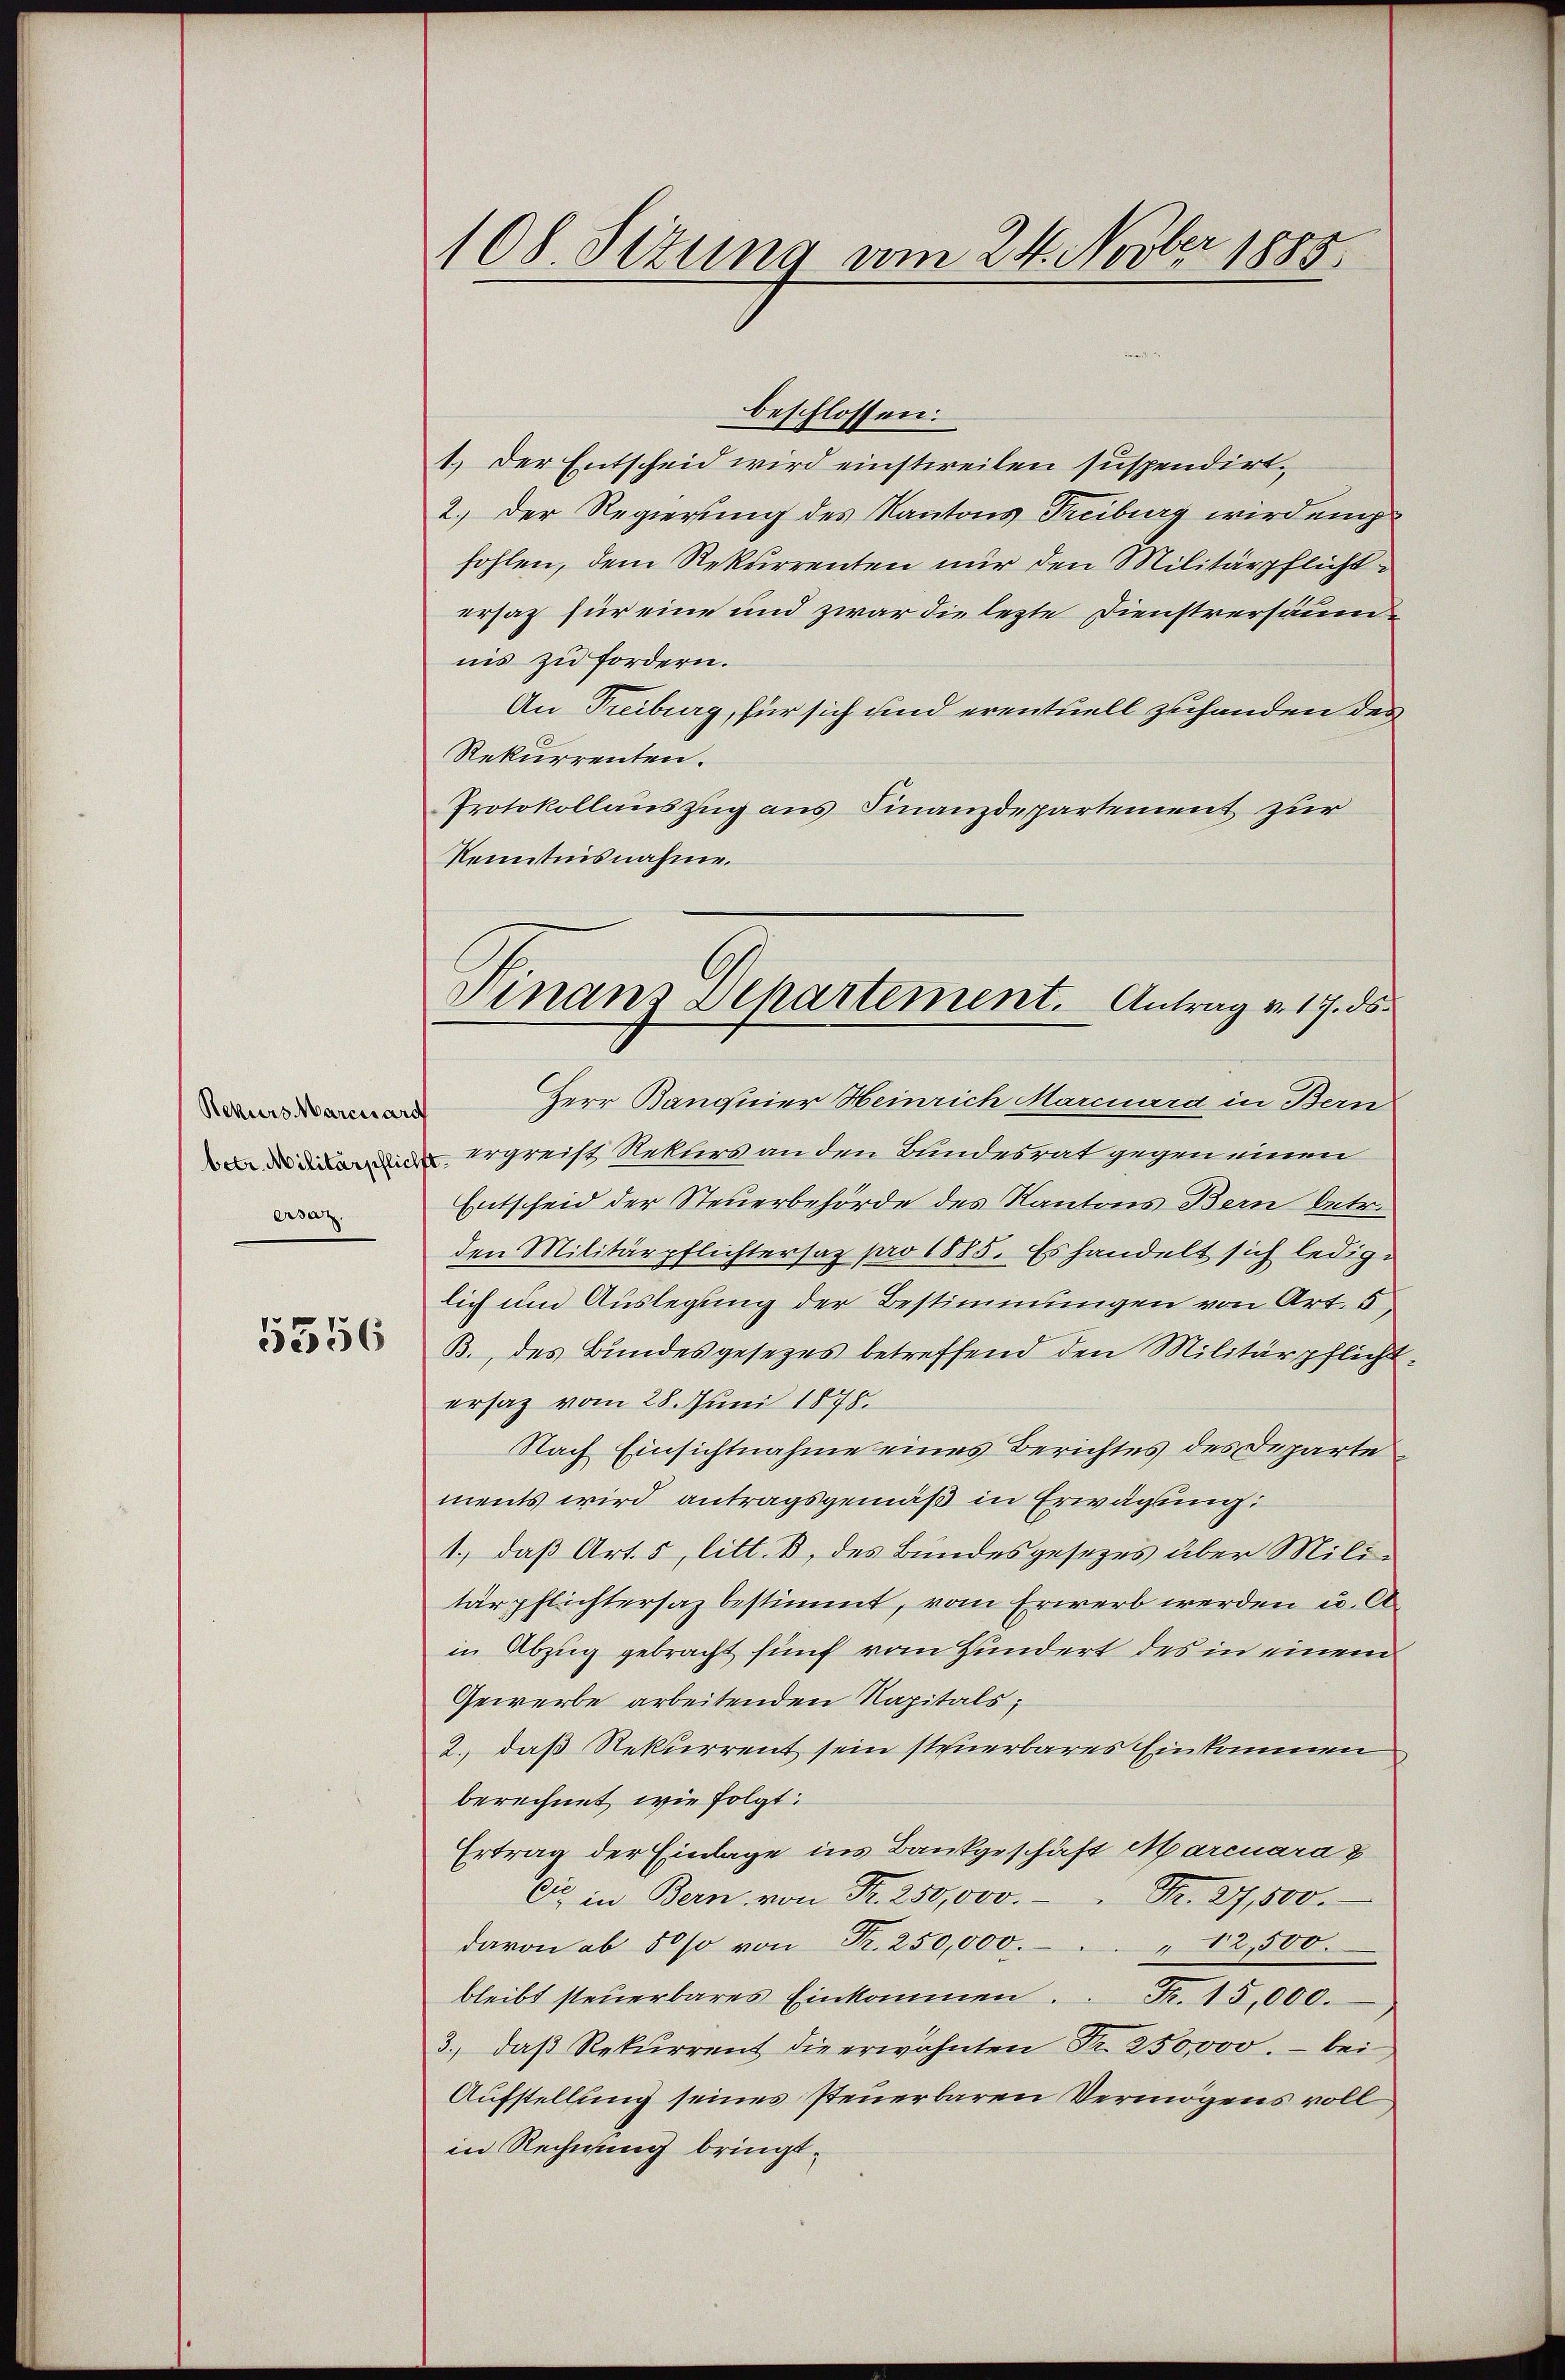
Rekurs Marcuard
betr. Militärschlich
ersaz.

5356

108. Sizung am 24. Novber 1885.

Finanz Departement. Antrag v. 17. ds.

beschlossen:
1.) Der Entscheid wird einstweilen suspendirt
2.) Der Regierung des Kantons Treiburg wirden
fohlen, dem Rekurrenten nur den Militärpflichtersaz für eine und zwar die lezte Dienstversäum
nis zu fordern.
An Treiburg, für sich und eventuell zuhanden des
Rekurrenten.
Protokollauszug aus Finanzdepartement zur
Kenntnisnahme.
Herr Banquier Heinrich Mariard in Bern
ergreift Rekurs an den Bundesrat gegen einen
Entscheid der Steuerbehörde des Kantons Bern betr.
den Militärpflichtersaz pro 1885. Es handelt sich lediglich um Auslegung der Bestimmungen von Art. 5
B., des Bundesgesezes betreffend den Militärpflicht
ersaz vom 28. Juni 1878.
Nach Einsichtnahme eines Berichtes des Departe
ments wird antragsgemäß in Erwägung:
1.) daß Art. 5, litt. B. des Bundesgesezes über Militärpflichtersaz bestimmt, vom Erwerb werden u. A
in Abzug gebracht fünf vom Hundert des in einem
Gewerbe arbeitenden Kapitals,
2., daß Rekurrent sein steuerbares Einkommen
berechnet wie folgt:
Ertrag der Einlage ins Bankgeschäft Marcuara
C in Bern von Fr. 250,000.
M. 27,500.
davon ab 50 so von Fr. 250,000.
"12,500.
bleibt steŭerbares Einkommen. Fr. 15,000.
3., daß Rekurrent die erwähnten Fr. 250,000.- bei
Aufstellung seines steuerbaren Vermögens voll
in Rechnung bringt.